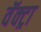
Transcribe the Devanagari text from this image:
वॅक्ट्रा